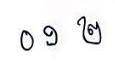
០ ១ ២